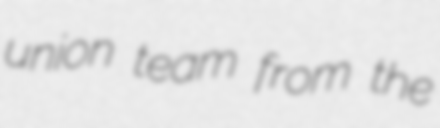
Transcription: union team from the